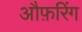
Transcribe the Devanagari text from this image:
औफ़रिंग